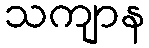
သကျာန